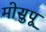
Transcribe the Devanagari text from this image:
मोसुपू